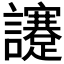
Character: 𧮈